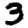
Digit: 3